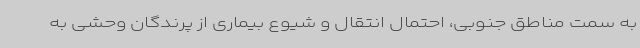
به سمت مناطق جنوبی، احتمال انتقال و شیوع بیماری از پرندگان وحشی به